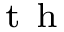
^ { \mathrm { ~ t ~ h ~ } }